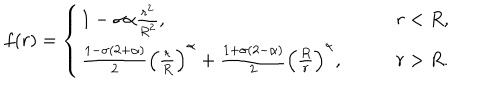
f ( r ) = \left\{ \begin{array} { l l } { { 1 - \sigma \alpha \frac { r ^ { 2 } } { R ^ { 2 } } , } } & { { \qquad r < R , } } \\ { { \frac { 1 - \sigma ( 2 + \alpha ) } { 2 } \left( \frac { r } { R } \right) ^ { \alpha } + \frac { 1 + \sigma ( 2 - \alpha ) } { 2 } \left( \frac { R } { r } \right) ^ { \alpha } , } } & { { \qquad r > R . } } \\ \end{array} \right.